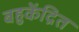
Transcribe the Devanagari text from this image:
बहुकेंद्रित